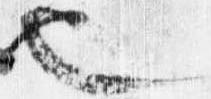
也